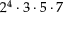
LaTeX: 2 ^ { 4 } \cdot 3 \cdot 5 \cdot 7